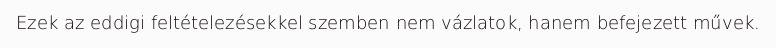
Ezek az eddigi feltételezésekkel szemben nem vázlatok, hanem befejezett művek.